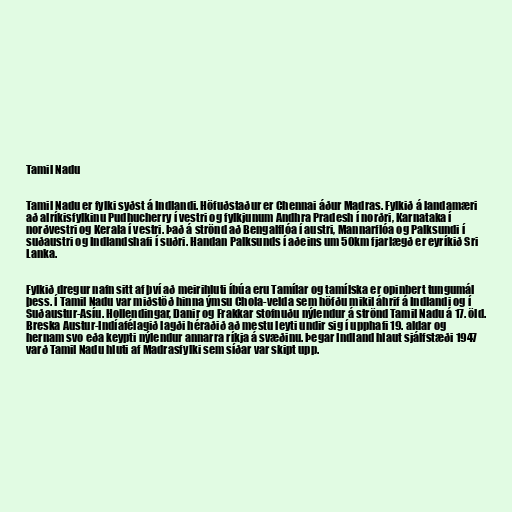
Tamil Nadu

Tamil Nadu er fylki syðst á Indlandi. Höfuðstaður er Chennai áður Madras. Fylkið á landamæri
að alríkisfylkinu Pudhucherry í vestri og fylkjunum Andhra Pradesh í norðri, Karnataka í
norðvestri og Kerala í vestri. Það á strönd að Bengalflóa í austri, Mannarflóa og Palksundi í
suðaustri og Indlandshafi í suðri. Handan Palksunds í aðeins um 50km fjarlægð er eyríkið Sri
Lanka.

Fylkið dregur nafn sitt af því að meirihluti íbúa eru Tamílar og tamílska er opinbert tungumál
þess. Í Tamil Nadu var miðstöð hinna ýmsu Chola-velda sem höfðu mikil áhrif á Indlandi og í
Suðaustur-Asíu. Hollendingar, Danir og Frakkar stofnuðu nýlendur á strönd Tamil Nadu á 17. öld.
Breska Austur-Indíafélagið lagði héraðið að mestu leyti undir sig í upphafi 19. aldar og
hernam svo eða keypti nýlendur annarra ríkja á svæðinu. Þegar Indland hlaut sjálfstæði 1947
varð Tamil Nadu hluti af Madrasfylki sem síðar var skipt upp.